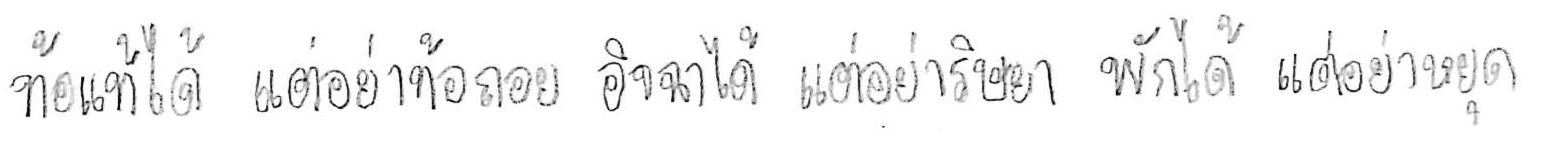
ท้อแท้ได้ แต่อย่าท้อถอย อิจฉาได้ แต่อย่าริษยา พักได้ แต่อย่าหยุด